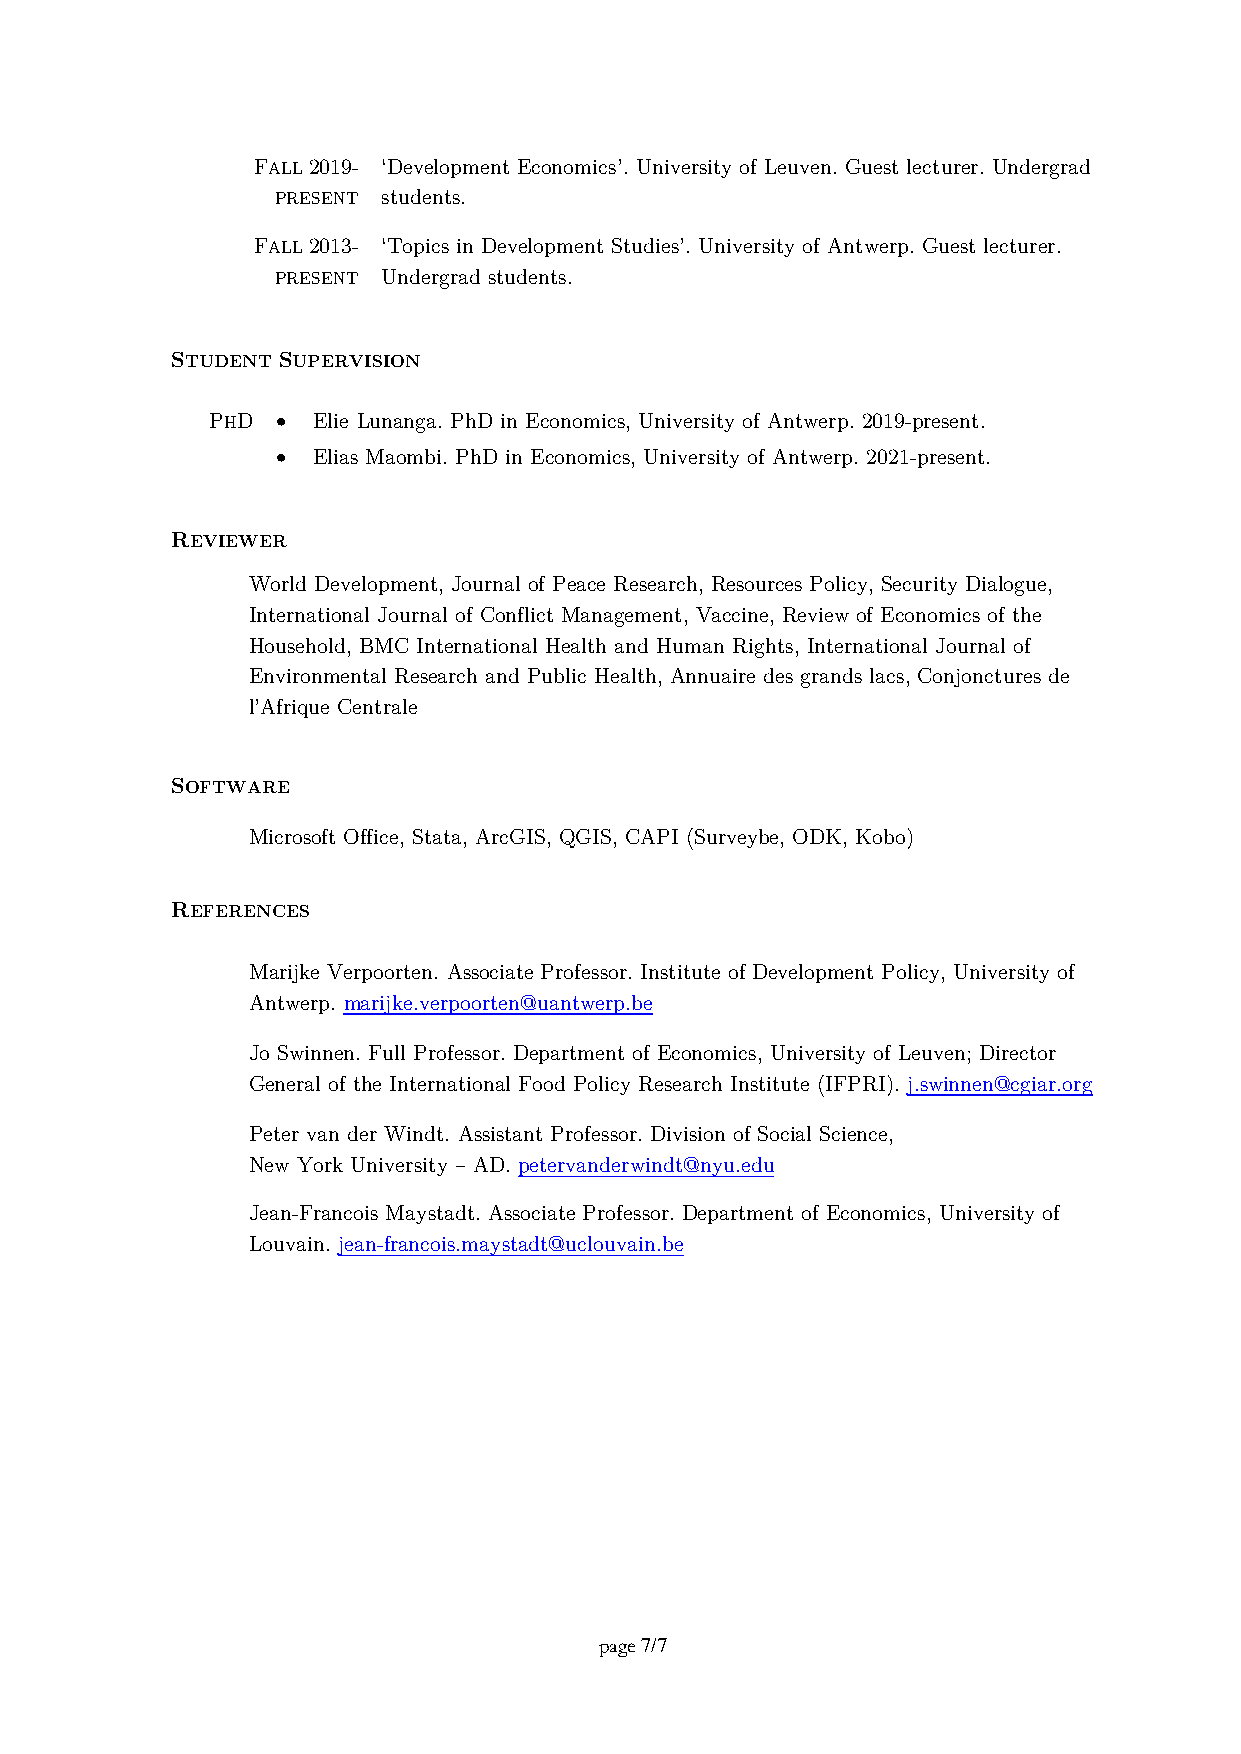
FALL 2019- ‘Development Economics’. University of Leuven. Guest lecturer. Undergrad
 PRESENT students.
 FALL 2013- ‘Topics in Development Studies’. University of Antwerp. Guest lecturer.
 PRESENT Undergrad students.
 STUDENT SUPERVISION
 PHD •  Elie Lunanga. PhD in Economics, University of Antwerp. 2019-present.
 •  Elias Maombi. PhD in Economics, University of Antwerp. 2021-present.
 REVIEWER
 World Development, Journal of Peace Research, Resources Policy, Security Dialogue,
 International Journal of Conflict Management, Vaccine, Review of Economics of the
 Household, BMC International Health and Human Rights, International Journal of
 Environmental Research and Public Health, Annuaire des grands lacs, Conjonctures de
 l’Afrique Centrale
 SOFTWARE
 Microsoft Office, Stata, ArcGIS, QGIS, CAPI (Surveybe, ODK, Kobo)
 REFERENCES
 Marijke Verpoorten. Associate Professor. Institute of Development Policy, University of
 Antwerp. marijke.verpoorten@uantwerp.be
 Jo Swinnen. Full Professor. Department of Economics, University of Leuven; Director
 General of the International Food Policy Research Institute (IFPRI). j.swinnen@cgiar.org
 Peter van der Windt. Assistant Professor. Division of Social Science,
 New York University – AD. petervanderwindt@nyu.edu
 Jean-Francois Maystadt. Associate Professor. Department of Economics, University of
 Louvain. jean-francois.maystadt@uclouvain.be
 page 7/7